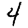
Digit: 4